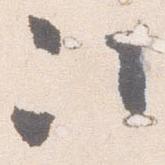
次